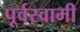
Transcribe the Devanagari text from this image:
पूर्वस्वामी